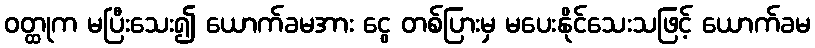
ဝတ္ထုက မပြီးသေး၍ ယောက်ခမအား ငွေ တစ်ပြားမှ မပေးနိုင်သေးသဖြင့် ယောက်ခမ